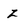
Character: z